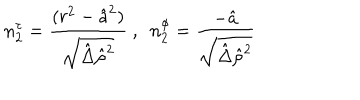
n _ { 2 } ^ { \tau } = { \frac { ( r ^ { 2 } - \hat { a } ^ { 2 } ) } { \sqrt { \hat { \Delta } \hat { \rho } ^ { 2 } } } } ~ , ~ ~ n _ { 2 } ^ { \phi } = { \frac { - \hat { a } } { \sqrt { \hat { \Delta } \hat { \rho } ^ { 2 } } } }